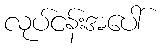
လုပ်ငန်းအပေါ်